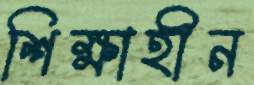
শিক্ষাহীন